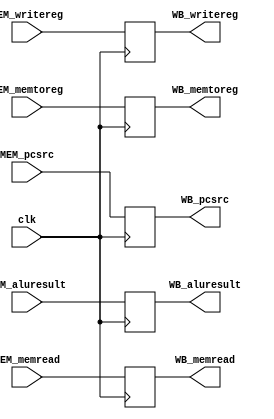
module Mem_Wb (clk, MEM_aluresult ,WB_aluresult , MEM_memread , WB_memread , MEM_writereg , WB_writereg  , MEM_memtoreg ,WB_memtoreg , MEM_pcsrc , WB_pcsrc );

input [31:0] MEM_aluresult , MEM_memread  ;
input clk;
input [4:0]  MEM_writereg;
input  MEM_memtoreg , MEM_pcsrc ;
output reg [31:0] WB_aluresult , WB_memread;
output reg [4:0] WB_writereg;
output reg WB_memtoreg , WB_pcsrc;

always @(posedge clk)begin
  WB_aluresult = MEM_aluresult;
  WB_memread =  MEM_memread;
  WB_writereg = MEM_writereg;
  WB_memtoreg = MEM_memtoreg;
  WB_pcsrc = MEM_pcsrc;


end
endmodule